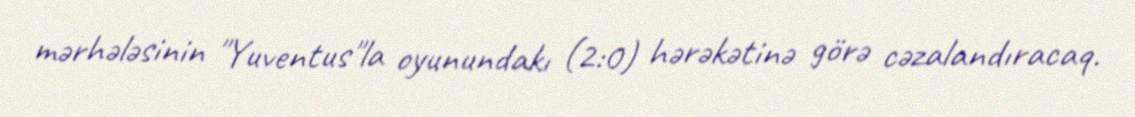
mərhələsinin "Yuventus"la oyunundakı (2:0) hərəkətinə görə cəzalandıracaq.